Lunatic asylums in Bengal annual reports 1912-1924 - 1912-1924
Year: 1912
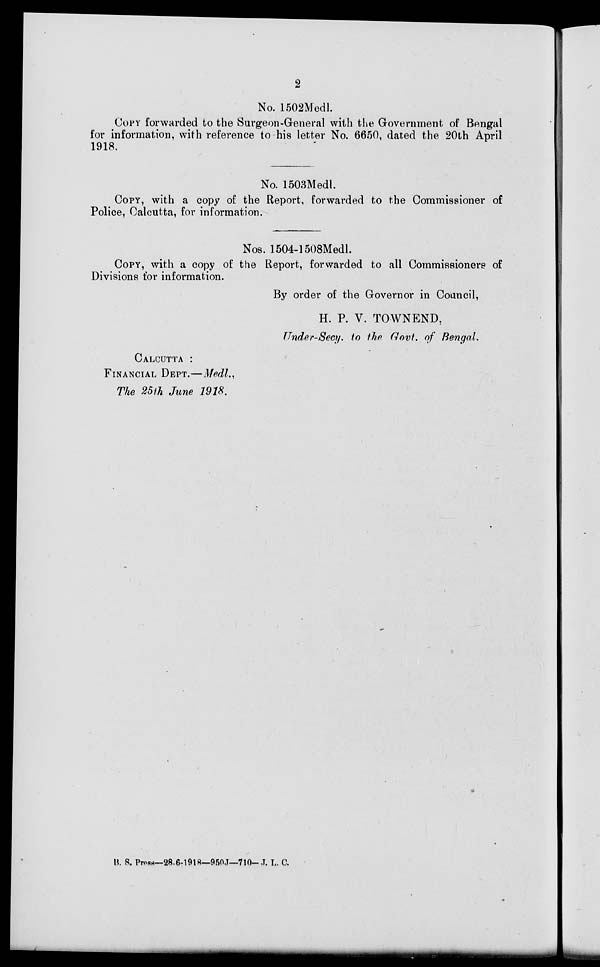
2
No. 1502Medl.
COPY forwarded to the Surgeon-General with the Government of Bengal
for information, with reference to his letter No. 6650, dated the 20th April
1918.
No. 1503Medl.
COPY, with a copy of the Report, forwarded to the Commissioner of
Police, Calcutta, for information.
Nos. 1504-1508Medl.
COPY, with a copy of the Report, forwarded to all Commissioners of
Divisions for information.
By order of the Governor in Council,
H. P. V. TOWNEND,
Under-Secy. to the Govt. of Bengal.
CALCUTTA :
FINANCIAL DEPT.— Medl.,
The 25th June 1918.
B. S. Press—28-6-1918—950J—710-J. L. C.